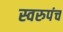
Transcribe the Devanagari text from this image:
स्वरुपंच